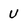
Character: U